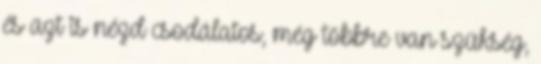
és azt is nézd csodálatos, még többre van szükség,